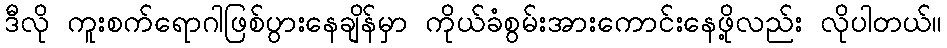
ဒီလို ကူးစက်ရောဂါဖြစ်ပွားနေချိန်မှာ ကိုယ်ခံစွမ်းအားကောင်းနေဖို့လည်း လိုပါတယ်။